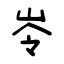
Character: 岺